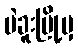
ပဲခူးမြို့မှ